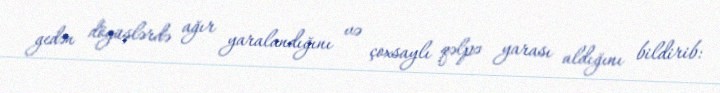
gedən döyüşlərdə ağır yaralandığını və çoxsaylı qəlpə yarası aldığını bildirib: